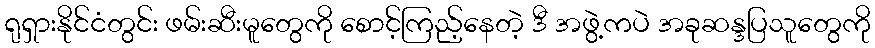
ရုရှားနိုင်ငံတွင်း ဖမ်းဆီးမူတွေကို စောင့်ကြည့်နေတဲ့ ဒီ အဖွဲ့ကပဲ အခုဆန္ဒပြသူတွေကို